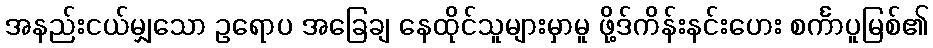
အနည်းငယ်မျှသော ဥရောပ အခြေချ နေထိုင်သူများမှာမူ ဖို့ဒ်ကိန်းနင်းဟေး စင်္ကာပူမြစ်၏